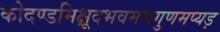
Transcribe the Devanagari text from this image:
कोदण्डमिक्षूदभवमथगुणमप्यड़